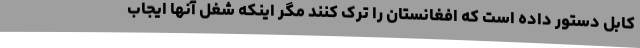
کابل دستور داده است که افغانستان را ترک کنند مگر اینکه شغل آنها ایجاب